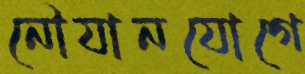
নৌযানযোগে